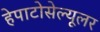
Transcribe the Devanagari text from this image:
हेपाटोसेल्यूलर